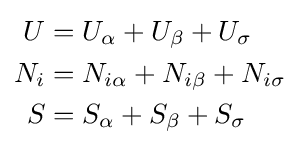
{\begin{aligned}U&=U_{\alpha }+U_{\beta }+U_{\sigma }\\N_{i}&=N_{i\alpha }+N_{i\beta }+N_{i\sigma }\\S&=S_{\alpha }+S_{\beta }+S_{\sigma }\end{aligned}}